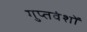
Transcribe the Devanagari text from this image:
गुप्तवंशों